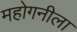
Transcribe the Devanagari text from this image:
महोगनीला